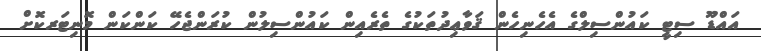
އައްޑޫ ސިޓީ ކައުންސިލްގެ އެހެނިހެން ޤަވާޢިދުތަކުގެ ތެރެއިން ކައުންސިލުން ކުރަންޖެހޭ ކަންކަން މޮނިޓަރކޮށް